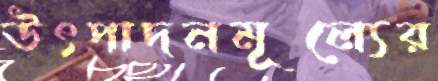
উৎপাদনমূল্যের